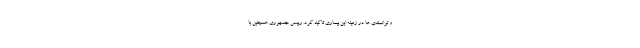
و توانمندی ها در زمینه این بیماری تاکید کرد. رییس جمهوری همچنین با